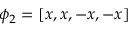
\phi _ { 2 } = [ { x , x , - x , - x } ]